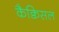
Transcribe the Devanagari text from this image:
कैक्विसल